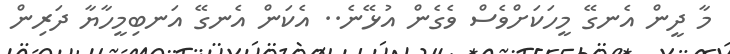
މާ ދީން އެނގޭ މީހަކަށްވެސް ވެގެން އުޅޭނެ.. އެކަން އެނގޭ އަނބިމީހާޔާ ދަރިން